Civil Veterinary Department. Central Provinces & Berar 1925-31 - 1925-1931
Year: 1925
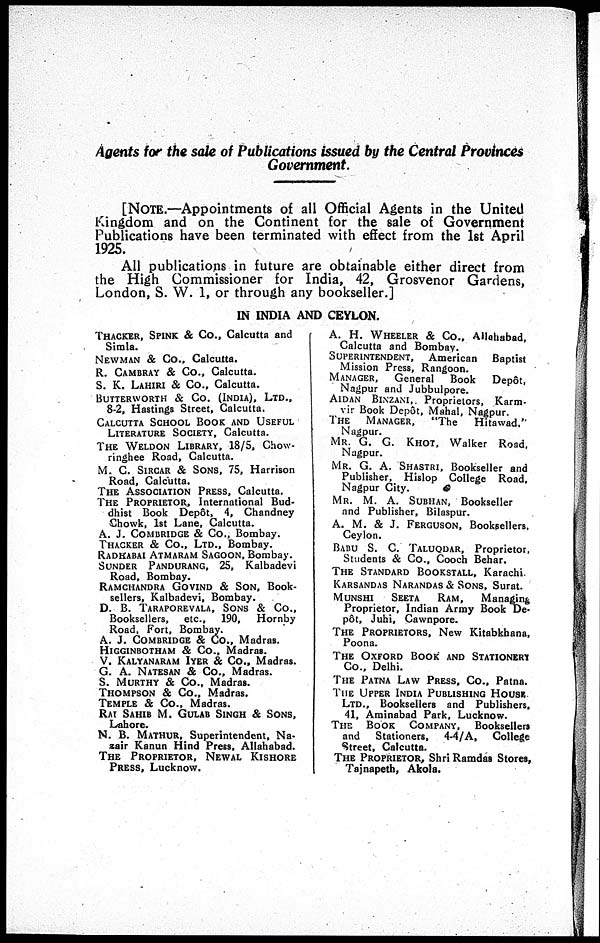
Agents for the sale of Publications issued by the Central Provinces
Government.
[NOTE.—Appointments of all Official Agents in the United
Kingdom and on the Continent for the sale of Government
Publications have been terminated with effect from the 1st April
1925.
All publications in future are obtainable either direct from
the High Commissioner for India, 42, Grosvenor Gardens,
London, S. W. 1, or through any bookseller.]
IN INDIA AND CEYLON.
THACKER, SPINK & Co., Calcutta and
Simla.
NEWMAN & Co., Calcutta.
R. CAMBRAY & Co., Calcutta.
S. K. LAHIRI & Co., Calcutta.
BUTTERWORTH & CO. (INDIA), LTD.,
8-2, Hastings Street, Calcutta.
CALCUTTA SCHOOL BOOK AND USEFUL
LITERATURE SOCIETY, Calcutta.
THE WELDON LIBRARY, 18/5, Chow¬
ringhee Road, Calcutta.
M. C. SIRCAR & SONS, 75, Harrison
Road, Calcutta.
THE ASSOCIATION PRESS, Calcutta.
THE PROPRIETOR, International Bud-
dhist Book Depôt, 4, Chandney
Chowk, 1st Lane, Calcutta.
A. J. COMBRIDGE & Co., Bombay.
THACKER & Co., LTD., Bombay.
RADHABAI ATMARAM SAGOON, Bombay.
SUNDER
PANDURANG, 25, Kalbadevi
Road, Bombay.
RAMCHANDRA GOVIND & SON, Book-
sellers, Kalbadevi, Bombay.
D. B. TARAPOREVALA, SONS & Co.,
Booksellers, etc., 190, Hornby
Road, Fort, Bombay.
A. J. COMBRIDGE & Co., Madras.
HIGGINBOTHAM & Co., Madras.
V. KALYANARAM IYER & Co., Madras.
G. A. NATESAN & Co., Madras.
S. MURTHY & Co., Madras.
THOMPSON
& Co., Madras.
TEMPLE & Co., Madras.
RAI SAHIB M. GULAB SINGH & SONS,
Lahore.
N. B. MATHUR, Superintendent, Na¬
zair Kanun Hind Press, Allahabad.
THE PROPRIETOR,
NEWAL
KISHORE
PRESS, Lucknow.
A. H. WHEELER & Co., Allohabad,
Calcutta and Bombay.
SUPERINTENDENT, American
Baptist
Mission Press, Rangoon.
MANAGER,
General
Book
Depôt,
Nagpur and Jubbulpore.
AIDAN BINZANI, Proprietors, Karm¬
vir Book Depot, Mahal, Nagpur.
THE MANAGER,
"The
Hitawad."
Nagpur.
MR. G. G. KHOT, Walker Road,
Nagpur.
MR. G. A. SHASTRI, Bookseller and
Publisher, Hislop College Road,
Nagpur City.
MR. M. A. SUBHAN, Bookseller
and Publisher, Bilaspur.
A. M. & J. FERGUSON, Booksellers.
Ceylon.
BABU S. C. TALUQDAR, Proprietor,
Students & Co., Cooch Behar.
THE STANDARD BOOKSTALL, Karachi.
KARSANDAS NARANDAS & SONS, Surat.
MUNSHI
SEETA
RAM,
Managing
Proprietor, Indian Army Book De¬
pôt, Juhi, Cawnpore.
THE PROPRIETORS, New Kitabkbana,
Poona.
THE OXFORD BOOK AND STATIONERY
Co., Delhi.
THE PATNA LAW PRESS, Co., Patna.
THE UPPER INDIA PUBLISHING HOUSE
LTD., Booksellers and Publishers,
41, Aminabad Park, Lucknow.
THE
BOOK
COMPANY.
Booksellers
and
Stationers, 4-4/A,
College
Street, Calcutta.
THE PROPRIETOR, Shri Ramdas Stores,
Tajnapeth, Akola.